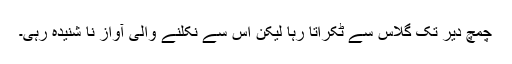
چمچ دیر تک گلاس سے ٹکراتا رہا لیکن اس سے نکلنے والی آواز نا شنیدہ رہی۔